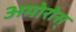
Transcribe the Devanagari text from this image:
अमोरोस्